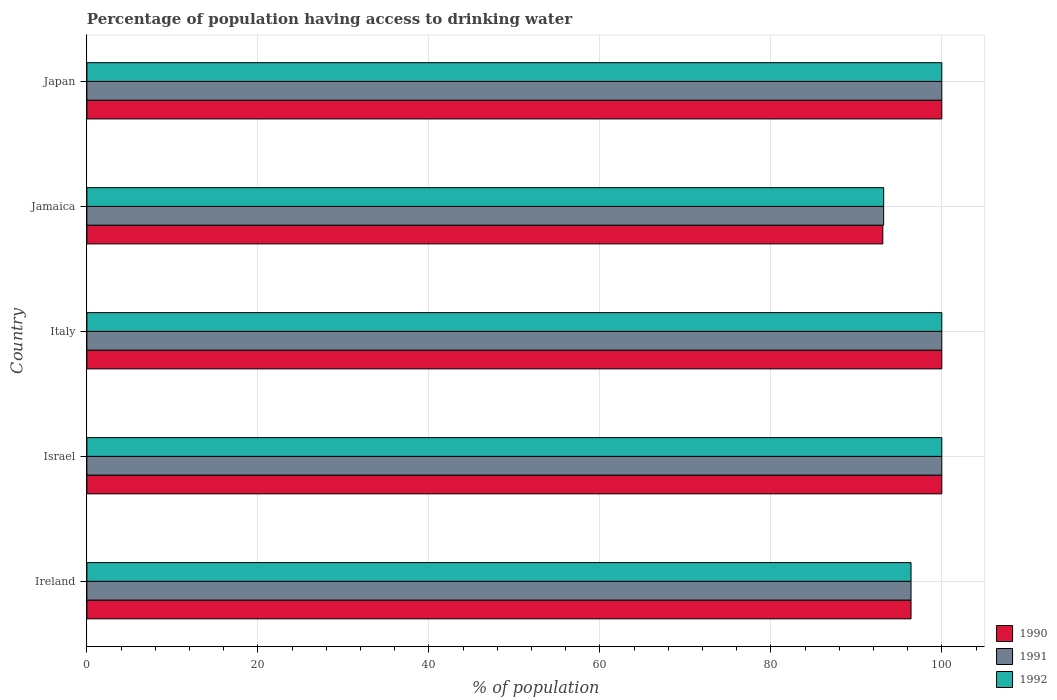
| Country | 1990 | 1991 | 1992 |
 | --- | --- | --- | --- |
 | Ireland | 96.4 | 96.4 | 96.4 |
 | Israel | 100 | 100 | 100 |
 | Italy | 100 | 100 | 100 |
 | Jamaica | 93.1 | 93.2 | 93.2 |
 | Japan | 100 | 100 | 100 |